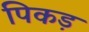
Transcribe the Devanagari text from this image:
पिकड़